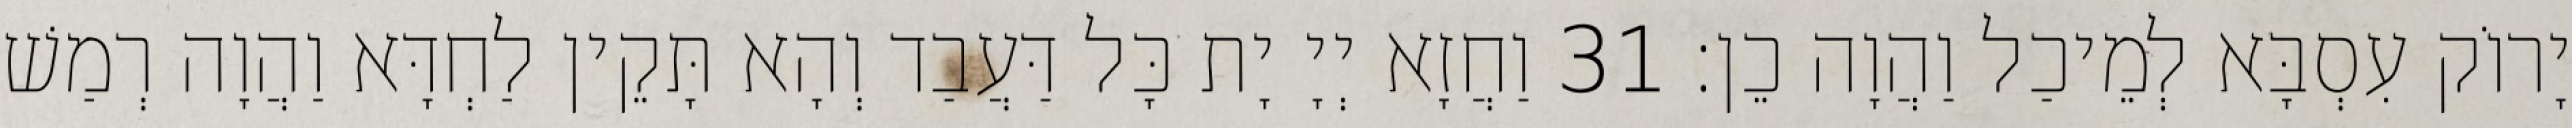
יָרוֹק עִסְבָּא לְמֵיכַל וַהֲוָה כֵן׃ 31 וַחֲזָא יְיָ יָת כָּל דַּעֲבַד וְהָא תָּקֵין לַחְדָּא וַהֲוָה רְמַשׁ